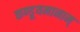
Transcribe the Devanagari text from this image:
कण्डूयमानाम्